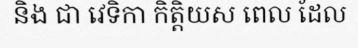
និង ជា វេទិកា កិត្តិយស ពេល ដែល